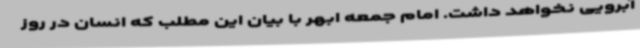
آبرویی نخواهد داشت. امام‌ جمعه ابهر با بیان این مطلب که انسان در روز